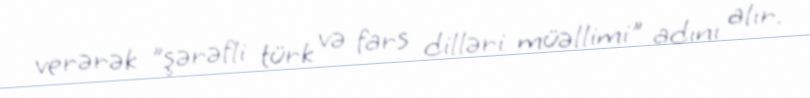
verərək "şərəfli türk və fars dilləri müəllimi" adını alır.